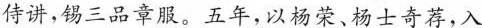
侍讲，锡三品章服。五年，以杨荣、杨士奇荐，入